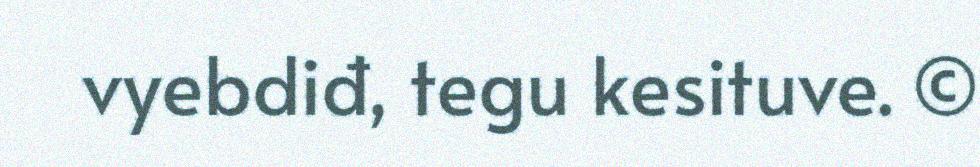
vyebdiđ, tegu kesituve. ©